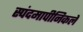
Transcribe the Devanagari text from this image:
स्पंदमापीनिकले